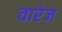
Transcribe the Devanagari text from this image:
वारेज